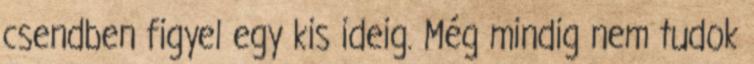
csendben figyel egy kis ideig. Még mindig nem tudok